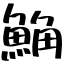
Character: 𩷛